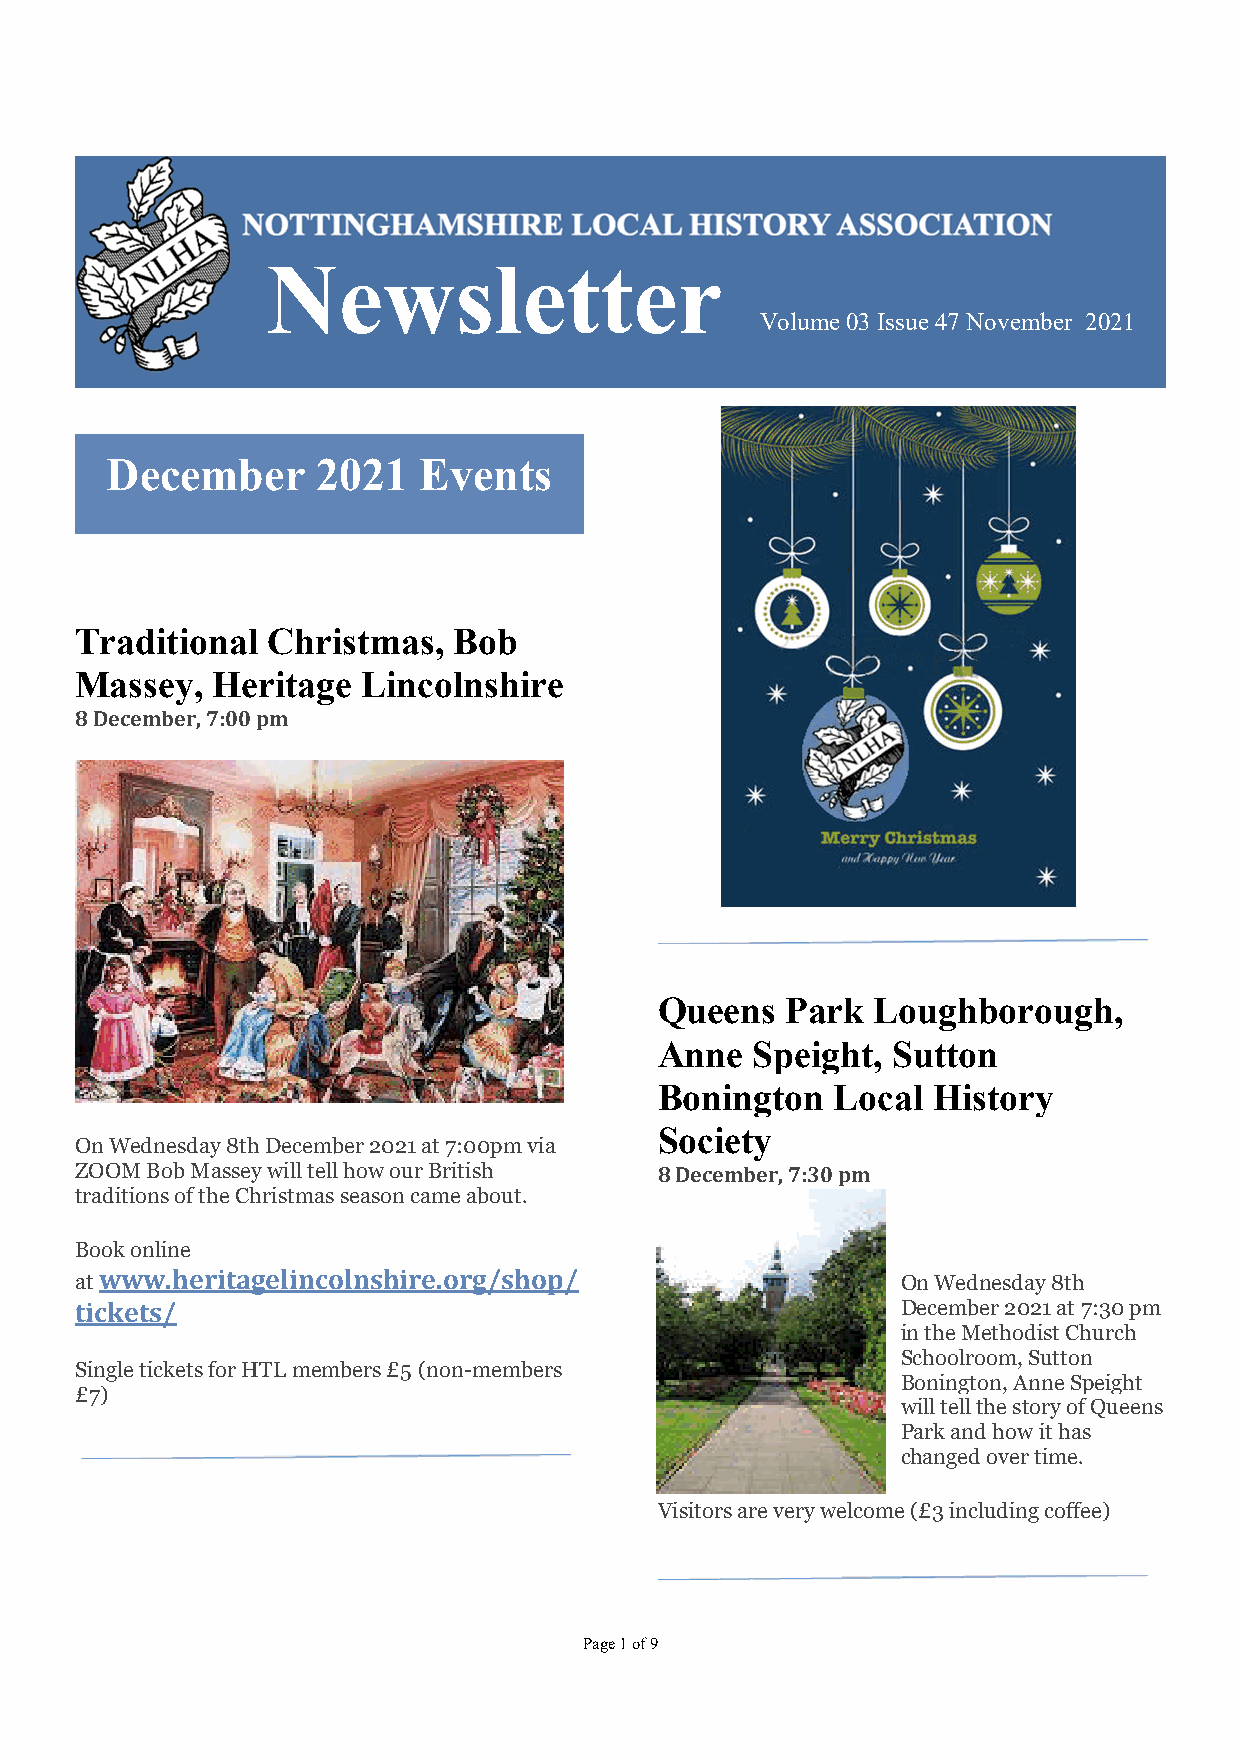
Newsletter
 Volume 03 Issue 47 November 2021
 December      2021   Events
 Traditional  Christmas,  Bob
 Massey,  Heritage  Lincolnshire
 8 December, 7:00 pm
 Queens   Park  Loughborough,
 Anne   Speight, Sutton
 Bonington   Local  History
 Society
 On Wednesday 8th December 2021 at 7:00pm via
 ZOOM Bob Massey will tell how our British 8 December, 7:30 pm
 traditions of the Christmas season came about.
 Book online
 at www.heritagelincolnshire.org/shop/                  On Wednesday 8th
 tickets/                                               December 2021 at 7:30 pm
 in the Methodist Church
 Schoolroom, Sutton
 Single tickets for HTL members £5 (non-members
 Bonington, Anne Speight
 £7)
 will tell the story of Queens
 Park and how it has
 changed over time.
 Visitors are very welcome (£3 including coffee)
 Page 1 of 9